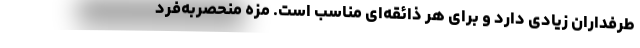
طرفداران زیادی دارد و برای هر ذائقه‌ای مناسب است. مزه منحصر‌به‌فرد